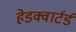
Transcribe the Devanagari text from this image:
हेडक्वार्टर्ड